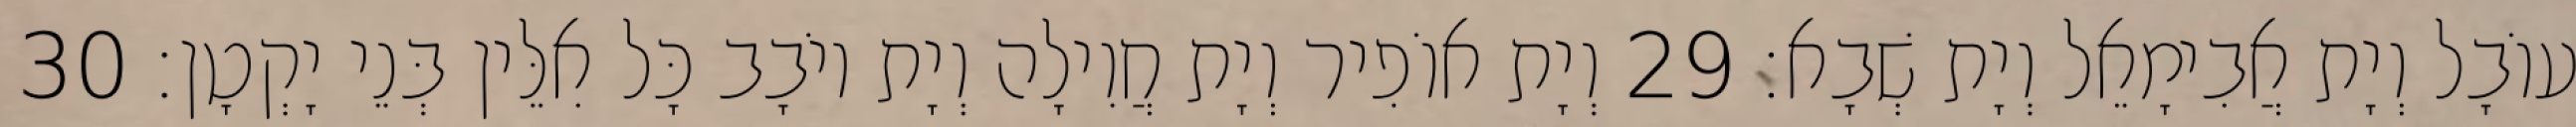
עוֹבָל וְיָת אֲבִימָאֵל וְיָת שְׁבָא׃ 29 וְיָת אוֹפִיר וְיָת חֲוִילָה וְיָת יוֹבָב כָּל אִלֵּין בְּנֵי יָקְטָן׃ 30